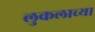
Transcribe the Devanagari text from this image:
लुकलाच्या